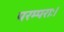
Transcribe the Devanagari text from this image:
परम्पराः।